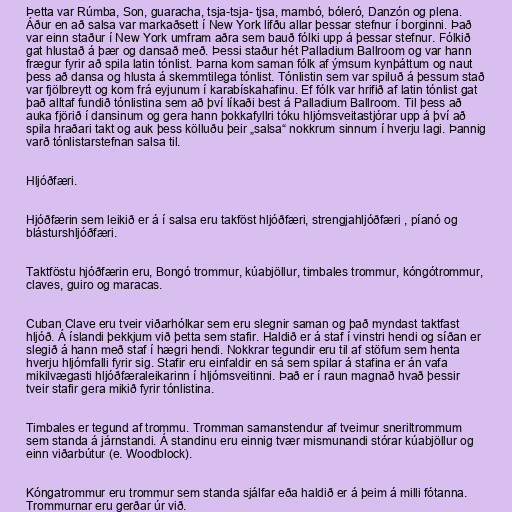
Þetta var Rúmba, Son, guaracha, tsja-tsja- tjsa, mambó, bóleró, Danzón og plena.
Áður en að salsa var markaðsett í New York lifðu allar þessar stefnur í borginni. Það
var einn staður í New York umfram aðra sem bauð fólki upp á þessar stefnur. Fólkið
gat hlustað á þær og dansað með. Þessi staður hét Palladium Ballroom og var hann
frægur fyrir að spila latin tónlist. Þarna kom saman fólk af ýmsum kynþáttum og naut
þess að dansa og hlusta á skemmtilega tónlist. Tónlistin sem var spiluð á þessum stað
var fjölbreytt og kom frá eyjunum í karabískahafinu. Ef fólk var hrifið af latin tónlist gat
það alltaf fundið tónlistina sem að því líkaði best á Palladium Ballroom. Til þess að
auka fjörið í dansinum og gera hann þokkafyllri tóku hljómsveitastjórar upp á því að
spila hraðari takt og auk þess kölluðu þeir „salsa“ nokkrum sinnum í hverju lagi. Þannig
varð tónlistarstefnan salsa til.

Hljóðfæri.

Hjóðfærin sem leikið er á í salsa eru takföst hljóðfæri, strengjahljóðfæri , píanó og
blásturshljóðfæri.

Taktföstu hjóðfærin eru, Bongó trommur, kúabjöllur, timbales trommur, kóngótrommur,
claves, guiro og maracas.

Cuban Clave eru tveir viðarhólkar sem eru slegnir saman og það myndast taktfast
hljóð. Á íslandi þekkjum við þetta sem stafir. Haldið er á staf í vinstri hendi og síðan er
slegið á hann með staf í hægri hendi. Nokkrar tegundir eru til af stöfum sem henta
hverju hljómfalli fyrir sig. Stafir eru einfaldir en sá sem spilar á stafina er án vafa
mikilvægasti hljóðfæraleikarinn í hljómsveitinni. Það er í raun magnað hvað þessir
tveir stafir gera mikið fyrir tónlistina.

Timbales er tegund af trommu. Tromman samanstendur af tveimur sneriltrommum
sem standa á járnstandi. Á standinu eru einnig tvær mismunandi stórar kúabjöllur og
einn viðarbútur (e. Woodblock).

Kóngatrommur eru trommur sem standa sjálfar eða haldið er á þeim á milli fótanna.
Trommurnar eru gerðar úr við.